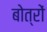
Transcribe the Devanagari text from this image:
बोत्रों